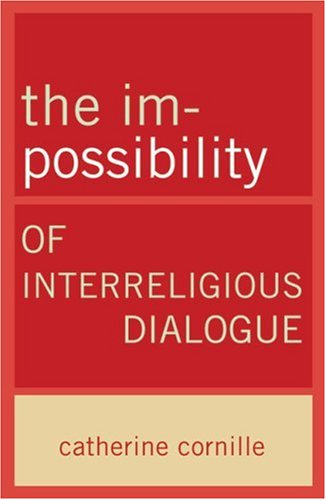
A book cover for The Im-Possibility of Interreligious Dialogue; Catherine Cornille; Christian Books & Bibles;